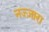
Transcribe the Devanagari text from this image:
नज्ज़ारा